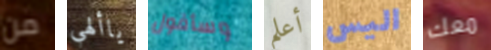
من ياألهي وسأقول أعلم اليس معك